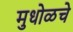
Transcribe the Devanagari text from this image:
मुधोळचे